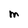
Character: M